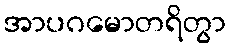
အာပဂမောတရိတွာ